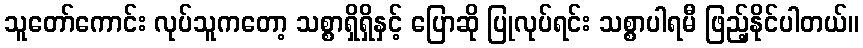
သူတော်ကောင်း လုပ်သူကတော့ သစ္စာရှိရှိနှင့် ပြောဆို ပြုလုပ်ရင်း သစ္စာပါရမီ ဖြည့်နိုင်ပါတယ်။